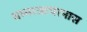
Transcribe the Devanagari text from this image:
धम्माआचरनास